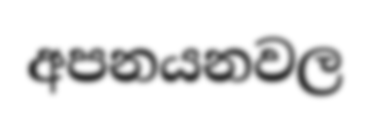
අපනයනවල